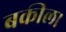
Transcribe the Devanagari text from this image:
बकील।